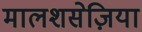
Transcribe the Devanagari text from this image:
मालशसेज़िया